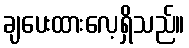
ချပေးထားလေ့ရှိသည်။